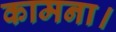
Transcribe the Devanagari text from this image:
कामना।